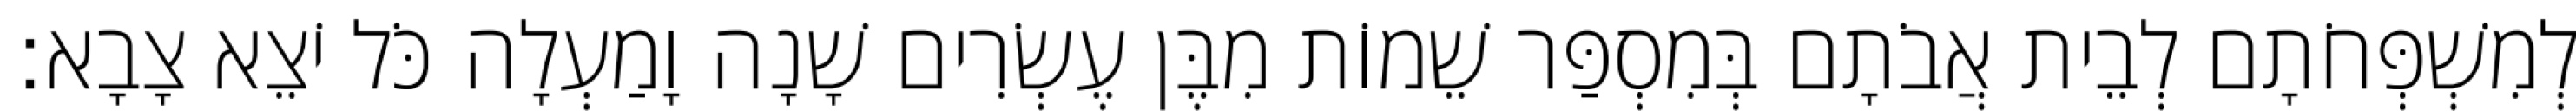
לְמִשְׁפְּחֹתָם לְבֵית אֲבֹתָם בְּמִסְפַּר שֵׁמוֹת מִבֶּן עֶשְׂרִים שָׁנָה וָמַעְלָה כֹּל יֹצֵא צָבָא׃